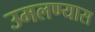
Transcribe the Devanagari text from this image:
उमलण्यास